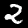
Digit: 2